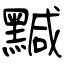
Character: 黬